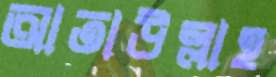
আতাউল্লাহ